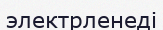
электрленеді